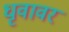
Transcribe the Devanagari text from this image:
धृवावर